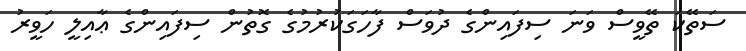
ސަތޭކަ ތޭވީސް ވަނަ ސިފައިންގެ ދުވަސް ފާހަގަކުރުމުގެ ގޮތުން ސިފައިންގެ ޢާއިލީ ހަވީރު